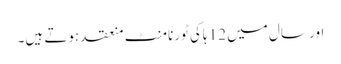
اور سال میں 12 ہاکی ٹورنامنٹ منعقد ہوتے ہیں۔